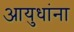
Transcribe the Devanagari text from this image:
आयुधांना